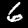
Digit: 6